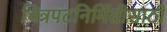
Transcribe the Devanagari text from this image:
चित्रपटनिर्मितीसाठी